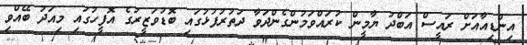
އިންޑިއާއަށް ރައީސް އަބްދު ޔާމީން ކުރައްވަމުންގެންދަވާ ދަތުރުފުޅުގައި ބޮޑުވަޒީރުގެ އޮފީހުގައި މިއަދު ބޭއްވި